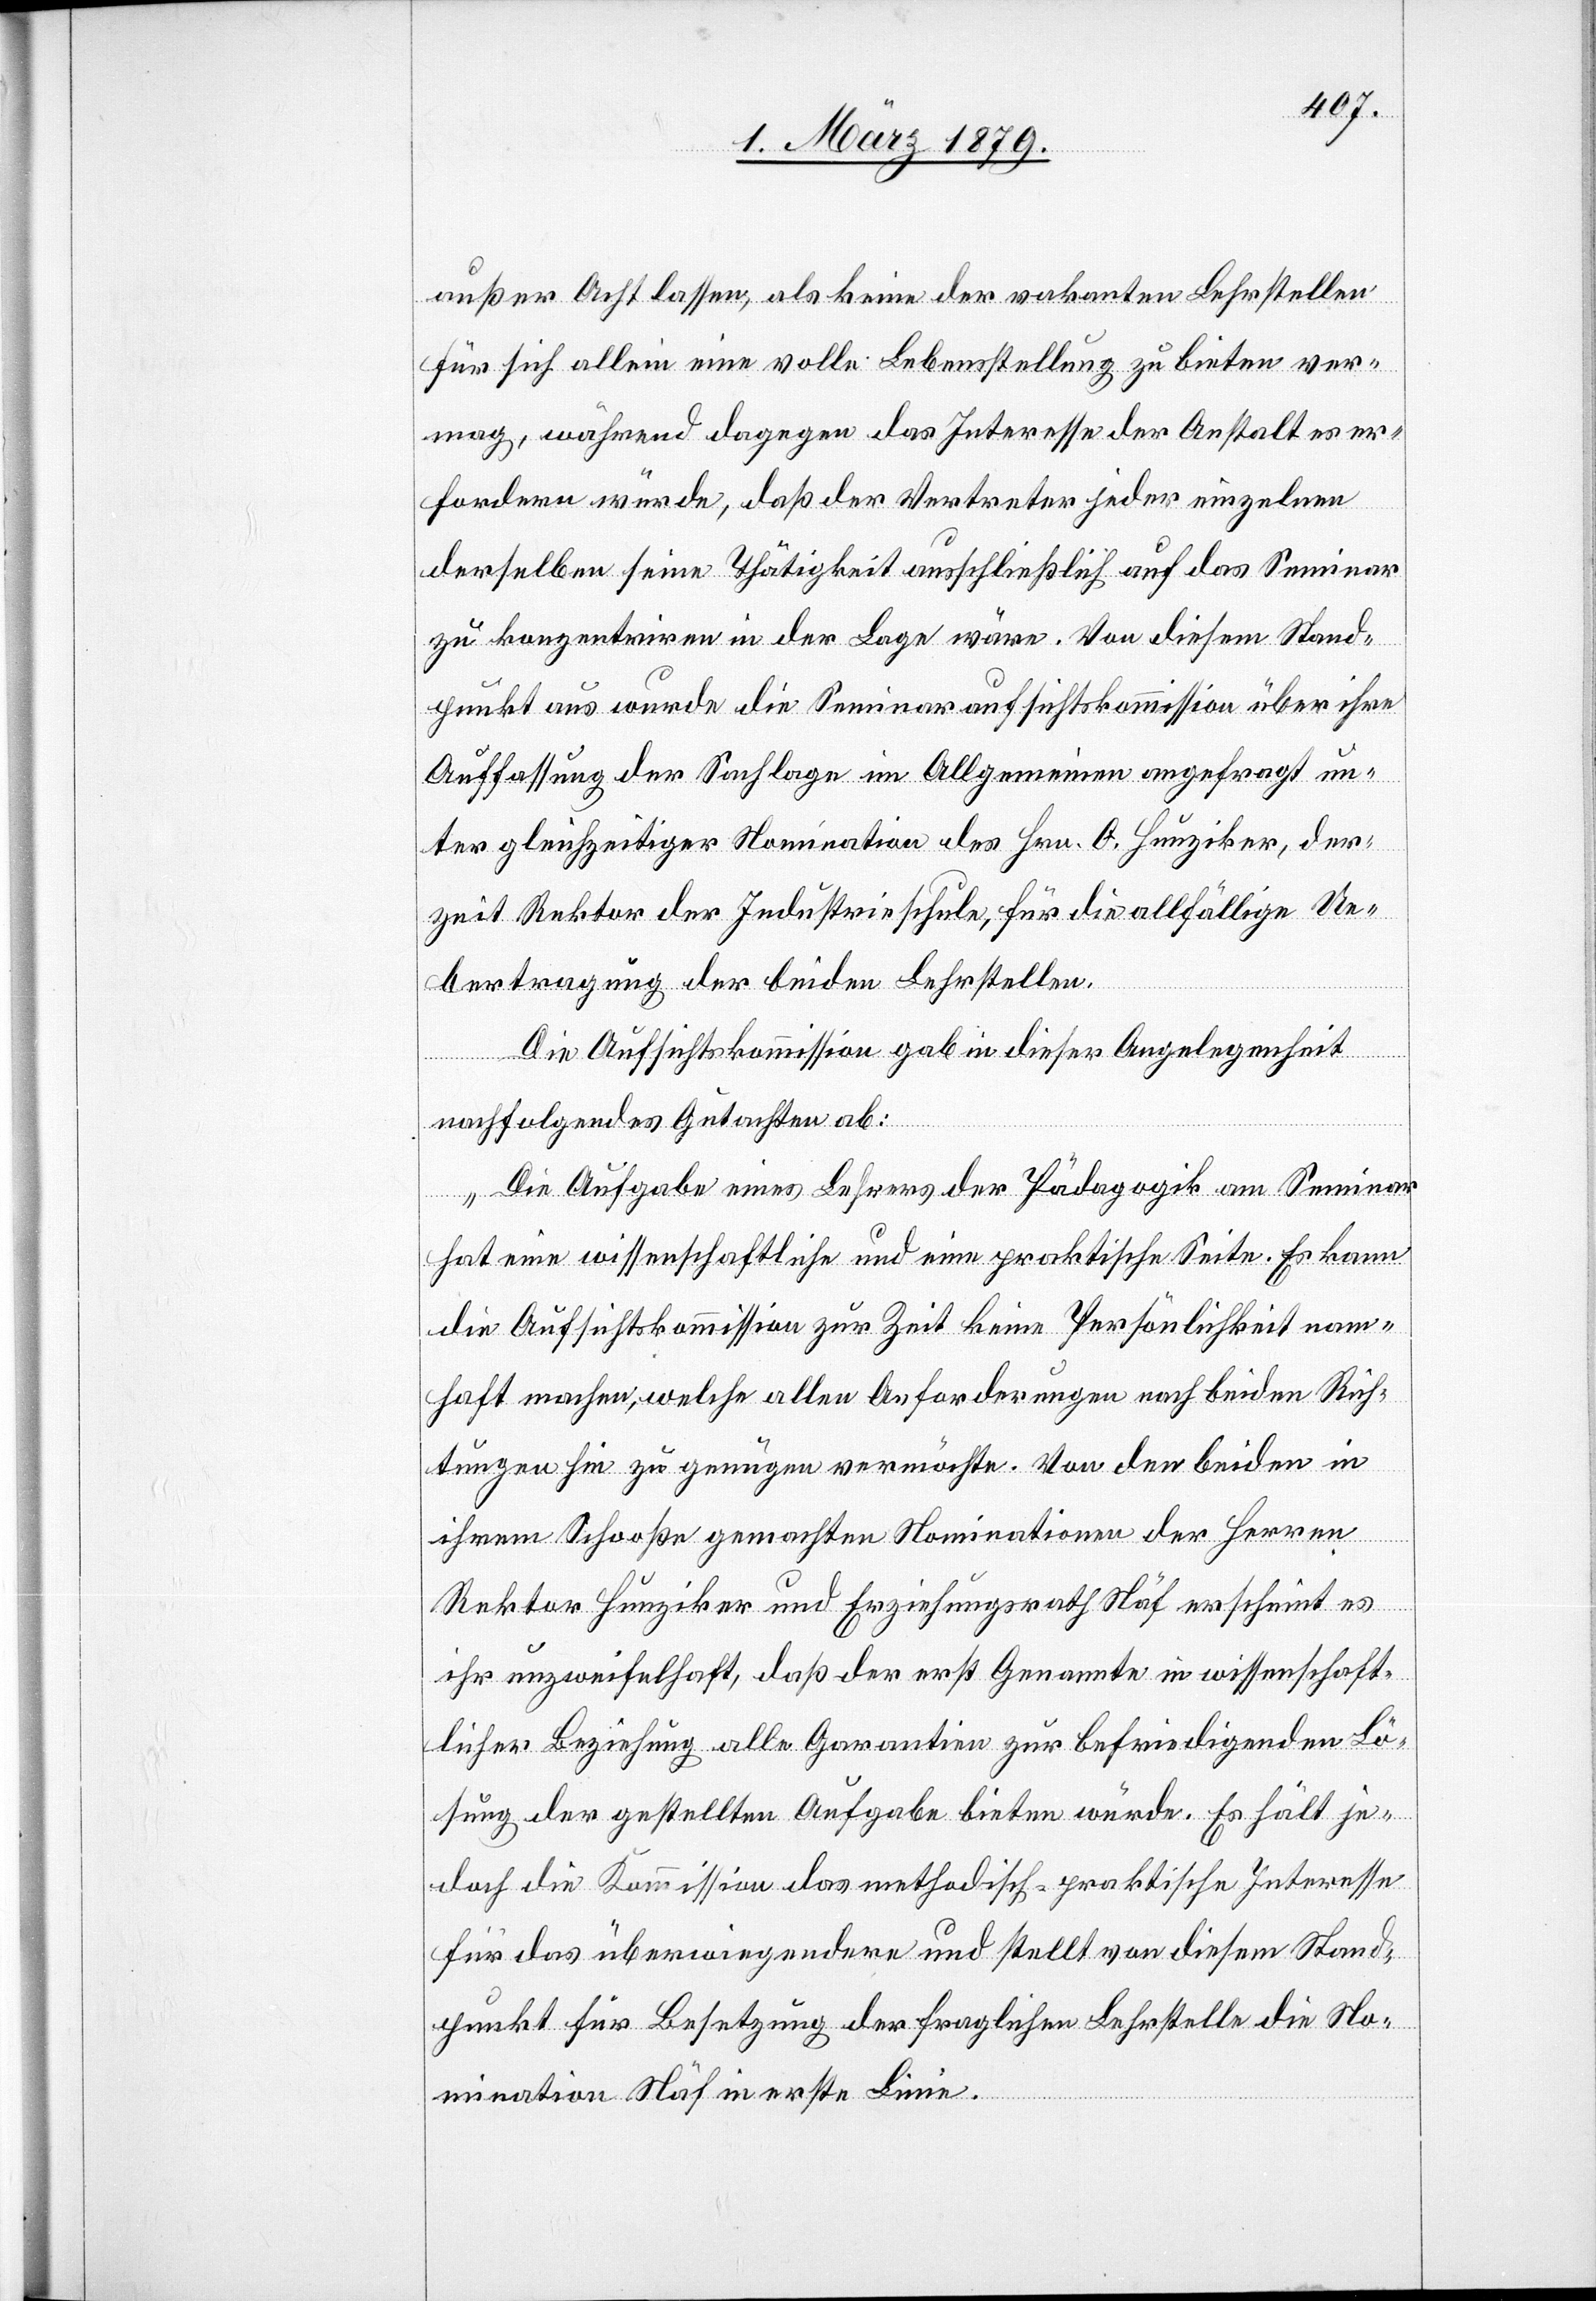
außer Acht lassen, als keine der vakanten Lehrstellen
für sich allein eine volle Lebensstellung zu bieten ver¬
mag, während dagegen das Interesse der Anstalt es er¬
fordern würde, daß der Vertreter jeder einzelnen
derselben seine Thätigkeit ausschließlich auf das Seminar
zu konzentriren in der Lage wäre. Von diesem Stand¬
punkt aus wurde die Seminaraufsichtskommission über ihre
Auffassung der Sachlage im Allgemeinen angefragt un¬
ter gleichzeitiger Nomination des Hrn. O. Hunziker, der¬
zeit Rektor der Industrieschule, für die allfällige Ue¬
bertragung der beiden Lehrstellen.
Die Aufsichtskommission gab in dieser Angelegenheit
ksich¬
nachfolgendes Gutachten ab:
„Die Aufgabe eines Lehrers der Pädagogik am Seminar
hat eine wissenschaftliche und eine praktische Seite. Es kann
die Aufsichtskommission zur Zeit keine Persönlichkeit nam¬
haft machen, welche allen Anforderungen nach beiden Rüc¬
ten hin zu genügen vermöchte. Von den beiden in
ihrem Schooße [sic!] gemachten Nominationen der Herren
Rektor Hunziker und Erziehungsrath Näf erscheint es
ihr unzweifelhaft, daß der erst Genannte in wissenschaft¬
licher Beziehung alle Garantien zur befriedigenden Lö¬
sung der gestellten Aufgabe bieten würde. Es hält je¬
doch die Kommission das methodisch-praktische Interesse
für das überwiegendere und stellt von diesem Stand¬
punkt für die Besetzung der fraglichen Lehrstelle die No¬
mination Näf in erste Linie.